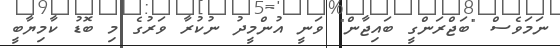
ނަމަވެސް "ބަޖްރަންގީ ބައިޖާން" ވަނީ އުންމީދު ނުކުރާ ވަރުގެ މި ބޮޑު ކާމިޔާބީ